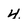
Character: 4